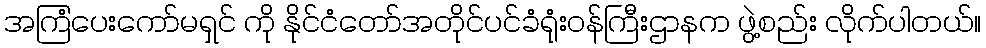
အကြံပေးကော်မရှင် ကို နိုင်ငံတော်အတိုင်ပင်ခံရုံးဝန်ကြီးဌာနက ဖွဲ့စည်း လိုက်ပါတယ်။